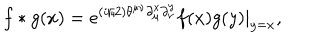
f * g ( x ) = e ^ { ( i / 2 ) \theta ^ { \mu \nu } \partial _ { \mu } ^ { x } \partial _ { \nu } ^ { y } } f ( x ) g ( y ) | _ { y = x } ,